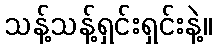
သန့်သန့်ရှင်းရှင်းနဲ့။